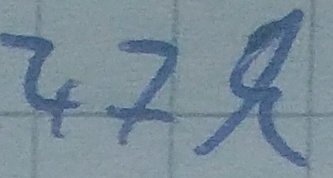
Text: 47k